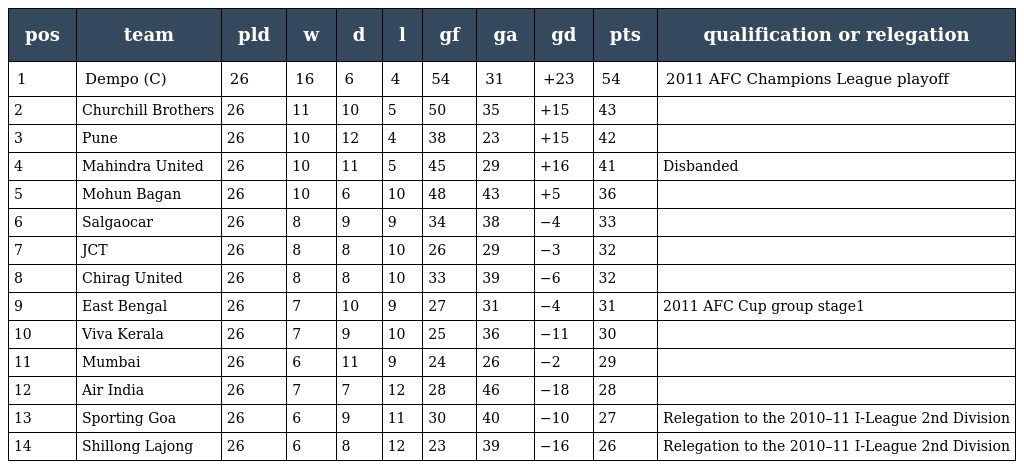
| pos | team | pld | w | d | l | gf | ga | gd | pts | qualification or relegation |
 | --- | --- | --- | --- | --- | --- | --- | --- | --- | --- | --- |
 | 1 | Dempo (C) | 26 | 16 | 6 | 4 | 54 | 31 | +23 | 54 | 2011 AFC Champions League playoff |
 | 2 | Churchill Brothers | 26 | 11 | 10 | 5 | 50 | 35 | +15 | 43 |  |
 | 3 | Pune | 26 | 10 | 12 | 4 | 38 | 23 | +15 | 42 |  |
 | 4 | Mahindra United | 26 | 10 | 11 | 5 | 45 | 29 | +16 | 41 | Disbanded |
 | 5 | Mohun Bagan | 26 | 10 | 6 | 10 | 48 | 43 | +5 | 36 |  |
 | 6 | Salgaocar | 26 | 8 | 9 | 9 | 34 | 38 | −4 | 33 |  |
 | 7 | JCT | 26 | 8 | 8 | 10 | 26 | 29 | −3 | 32 |  |
 | 8 | Chirag United | 26 | 8 | 8 | 10 | 33 | 39 | −6 | 32 |  |
 | 9 | East Bengal | 26 | 7 | 10 | 9 | 27 | 31 | −4 | 31 | 2011 AFC Cup group stage1 |
 | 10 | Viva Kerala | 26 | 7 | 9 | 10 | 25 | 36 | −11 | 30 |  |
 | 11 | Mumbai | 26 | 6 | 11 | 9 | 24 | 26 | −2 | 29 |  |
 | 12 | Air India | 26 | 7 | 7 | 12 | 28 | 46 | −18 | 28 |  |
 | 13 | Sporting Goa | 26 | 6 | 9 | 11 | 30 | 40 | −10 | 27 | Relegation to the 2010–11 I-League 2nd Division |
 | 14 | Shillong Lajong | 26 | 6 | 8 | 12 | 23 | 39 | −16 | 26 | Relegation to the 2010–11 I-League 2nd Division |